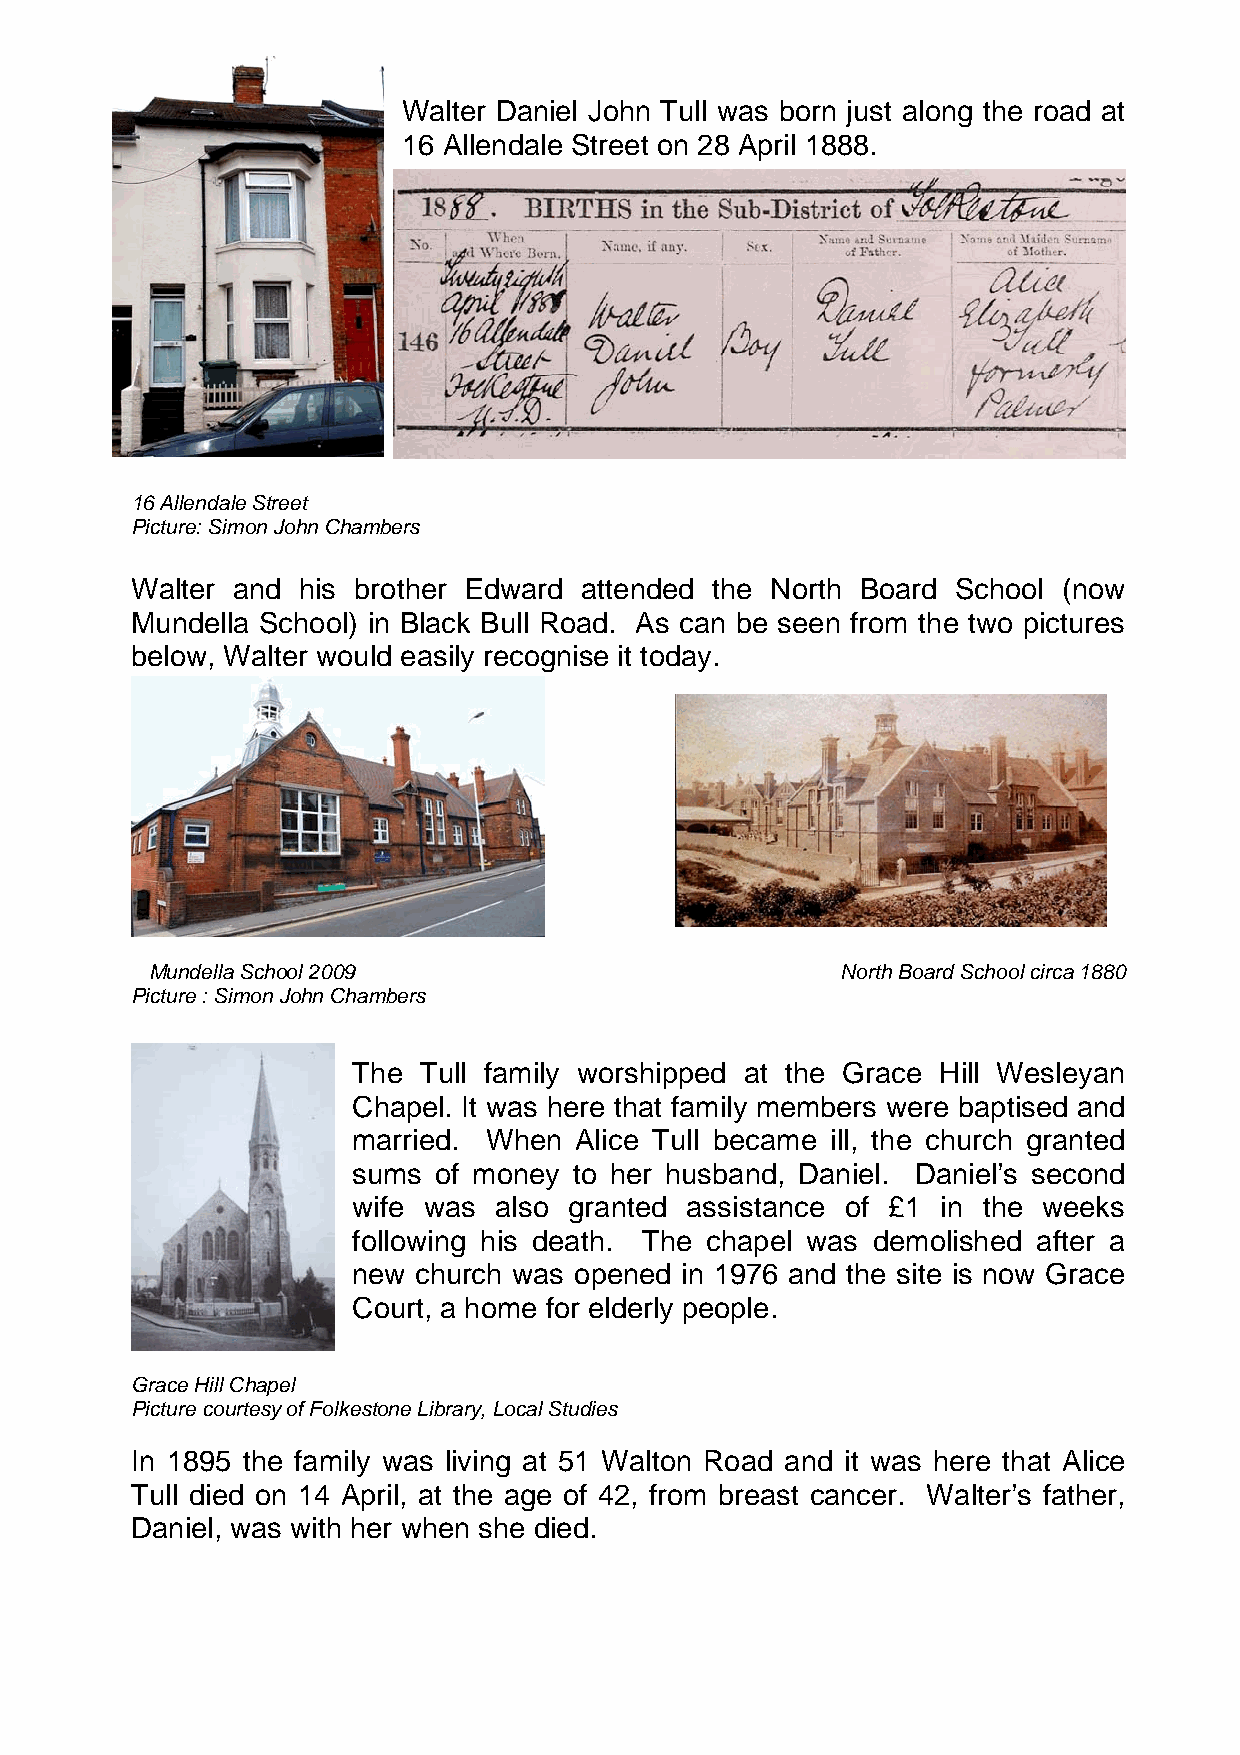
Walter Daniel John Tull was born just along the road at
 16 Allendale Street on 28 April 1888.
 16 Allendale Street
 Picture: Simon John Chambers
 Walter and his brother Edward attended the North Board School (now
 Mundella School) in Black Bull Road. As can be seen from the two pictures
 below, Walter would easily recognise it today.
 Mundella School 2009                          North Board School circa 1880
 Picture : Simon John Chambers
 The  Tull family worshipped at the Grace Hill Wesleyan
 Chapel. It was here that family members were baptised and
 married. When  Alice Tull became ill, the church granted
 sums  of money to her husband, Daniel. Daniel’s second
 wife was  also granted assistance of £1 in the weeks
 following his death. The chapel was demolished after a
 new  church was opened in 1976 and the site is now Grace
 Court, a home for elderly people.
 Grace Hill Chapel
 Picture courtesy of Folkestone Library, Local Studies
 In 1895 the family was living at 51 Walton Road and it was here that Alice
 Tull died on 14 April, at the age of 42, from breast cancer. Walter’s father,
 Daniel, was with her when she died.